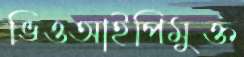
ভিওআইপিমুক্ত